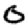
Digit: 0